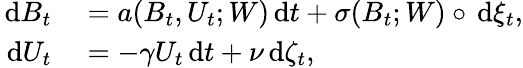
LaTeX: \begin{array}{rl}{\, \mathrm{d}B_{t}}&{{}=a(B_{t},U_{t};W)\, \mathrm{d}t+\sigma(B_{t};W)\circ\, \mathrm{d}\xi_{t},}\\ {\, \mathrm{d}U_{t}}&{{}=-\gamma U_{t}\, \mathrm{d}t+\nu\, \mathrm{d}\zeta_{t},}\end{array}